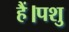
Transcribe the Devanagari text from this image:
हैं।पशु